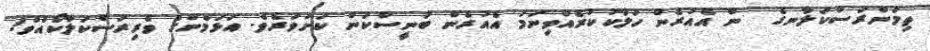
ތިމަންރަސްކަލާނގެ  ން އެއުރެން ހަލާކުކުރެއްވިނަމަ އެއުރެން ބުނީސްކަން ކަށަވަރެވެ. އަޅަމެންގެ ވެރިރަސްކަލާކޯއެވެ!